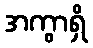
အကွာရှိ